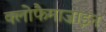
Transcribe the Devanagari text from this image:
क्लोफैमाज़ाइन